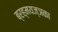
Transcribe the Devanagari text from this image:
ब्रह्मयज्ञका